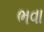
ભવા